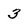
Character: 3